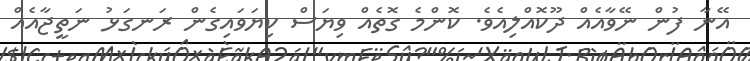
އޭނާ ފުން ނޭވާއެއް ދޫކޮއްލިއެވެ. ކޮންމެ ގޮތެއް ވިޔަސް ކިޔަވައިގެން ރަނގަޅު ނަތީޖާއެއް